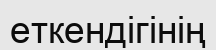
еткендігінің